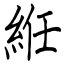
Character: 絍